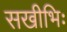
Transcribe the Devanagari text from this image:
सखीभिः